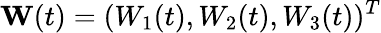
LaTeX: \textbf{W}(t)=(W_{1}(t),W_{2}(t),W_{3}(t))^{T}